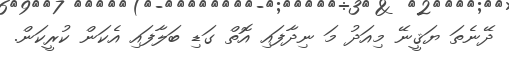
ދޭނެތަ ޔަޤީނޭ މިއަދު މަ ނިދާފައި އޮތް ގަޑި ބަލާފައި އެކަން ކުރީކަން.